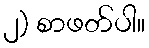
၂) စာဖတ်ပါ။